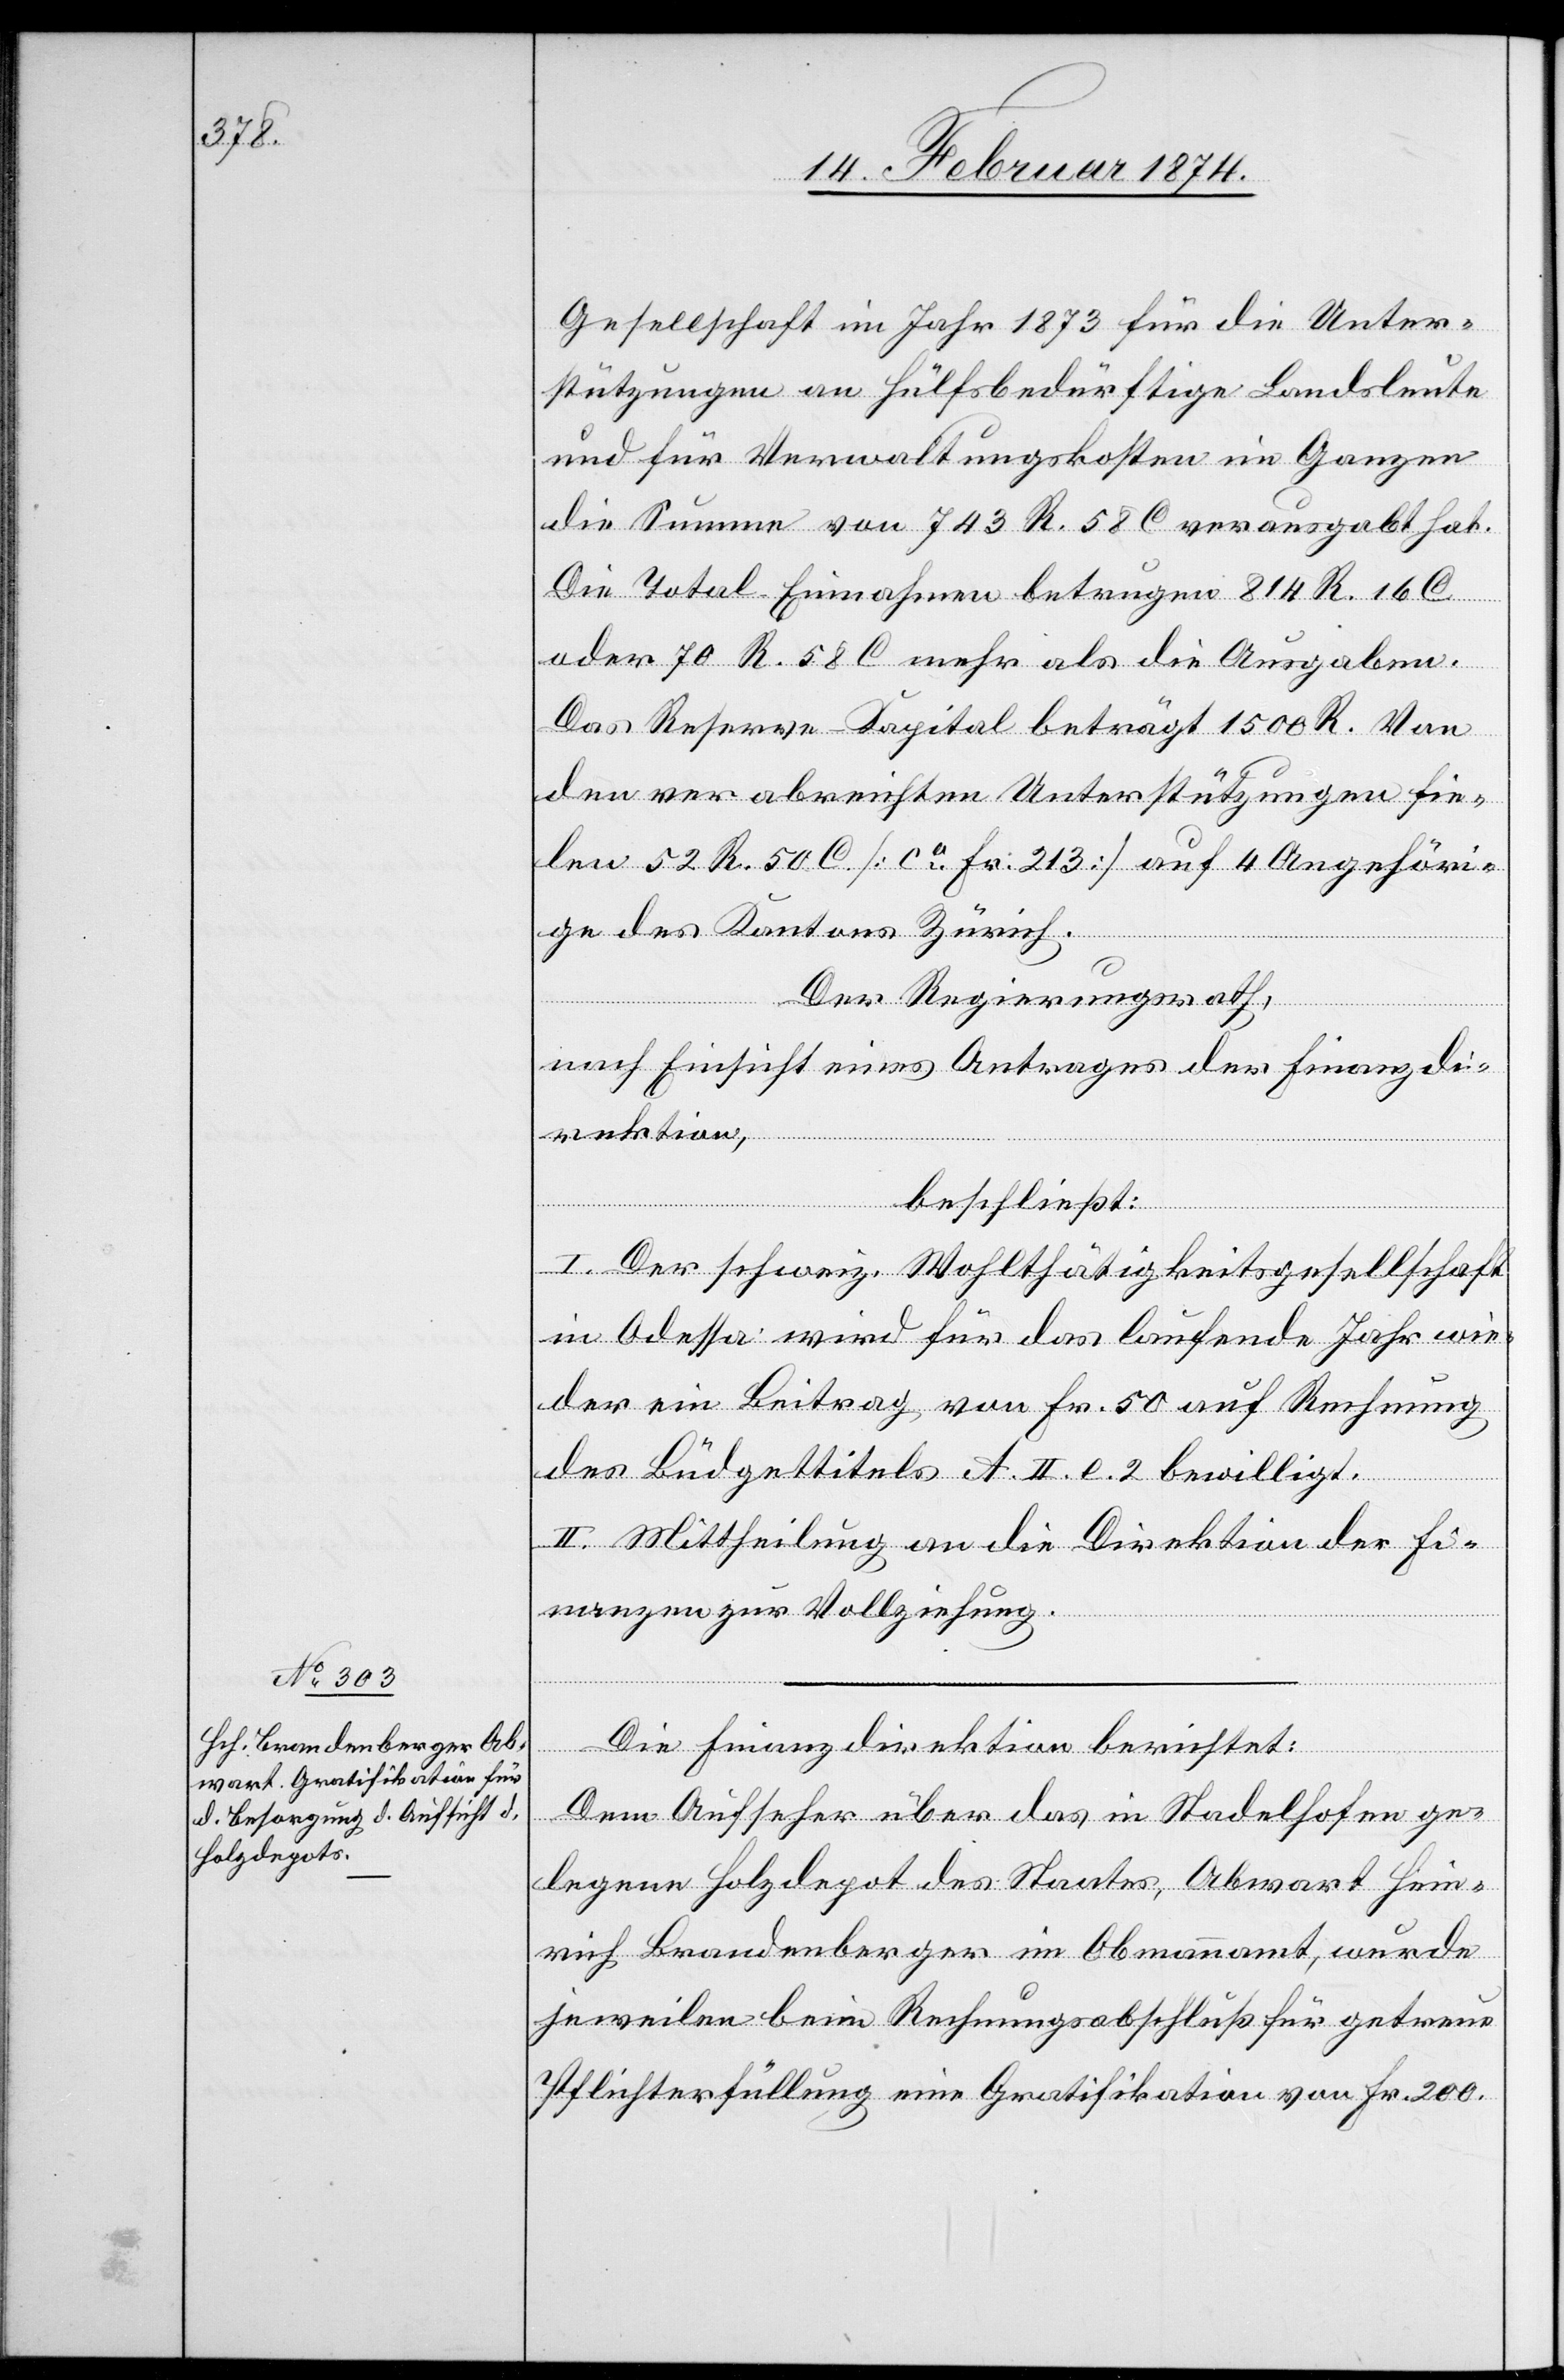
Gesellschaft im Jahr 1873 für die Unter¬
stützungen an Hülfsbedürftige Landsleute
und für Verwaltungskosten im Ganzen
die Summe von 743 R. 58 C. verausgabt hat.
Die Total Einnahmen betrugen 814 R. 16 C.
oder 70 R. 58 C. mehr als die Ausgaben.
Das Reserve-Kapital beträgt 1500 R. Von
den verabreichten Unterstützungen fie¬
len 52 R. 50 C. [ca Fr. 213] auf 4 Angehöri¬
ge des Kantons Zürich.
Der Regierungsrath,
nach Einsicht eines Antrages der Finanzdi¬
rektion,
beschließt:
I. Der schweiz. Wohltätigkeitsgesellschaft
in Odessa wird für das laufende Jahr wie¬
der ein Beitrag von Fr. 50 auf Rechnung
des Büdgettitels A. II. e. 2 bewilligt.
II. Mittheilung an die Direktion der Fi¬
nanzen zur Vollziehung.
Die Finanzdirektion berichtet:
Dem Aufseher über das in Stadelhofen ge¬
legenen Holzdepot des Staates, Abwart Hein¬
rich Brandenberger im Obmannamt, wurde
jeweilen beim Rechnungsabschluß für getreue
Pflichterfüllung eine Gratifikation von Fr. 200